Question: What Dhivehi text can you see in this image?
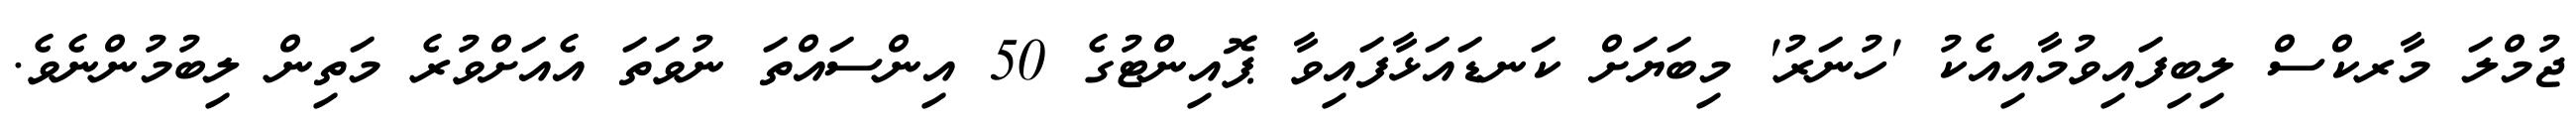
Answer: ޖުމްލަ މާރކްސް ލިބިފައިވުމާއިއެކު 'ހުނަރު' މިބަޔަށް ކަނޑައަޅާފައިވާ ޕޮއިންޓުގެ 50 އިންސައްތަ ނުވަތަ އެއަށްވުރެ މަތިން ލިބުމުންނެވެ.